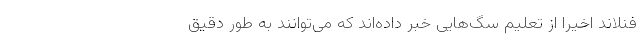
فنلاند اخیرا از تعلیم سگ‌هایی خبر داده‌اند که می‌توانند به طور دقیق